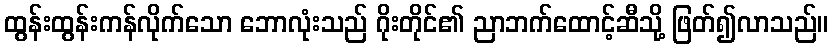
ထွန်းထွန်းကန်လိုက်သော ဘောလုံးသည် ဂိုးတိုင်၏ ညာဘက်ထောင့်ဆီသို့ ဖြတ်၍လာသည်။